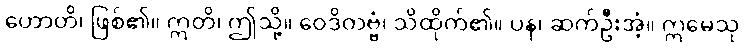
ဟောတိ၊ ဖြစ်၏။ ဣတိ၊ ဤသို့။ ဝေဒိတဗ္ဗံ၊ သိထိုက်၏။ ပန၊ ဆက်ဦးအံ့။ ဣမေသု